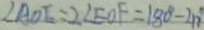
\angle A O E = 2 \angle E O F = 1 8 0 ^ { \circ } - 4 0 ^ { \circ }